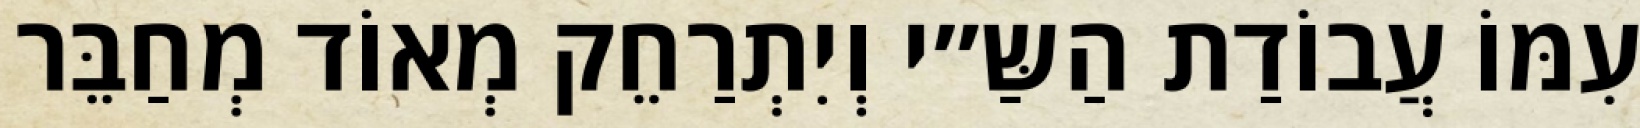
עִמּוֹ עֲבוֹדַת הַשַּ״י וְיִתְרַחֵק מְאוֹד מְחַבֵּר